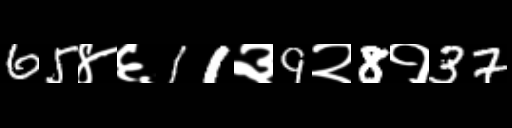
Text: 65४६11३9२8१37